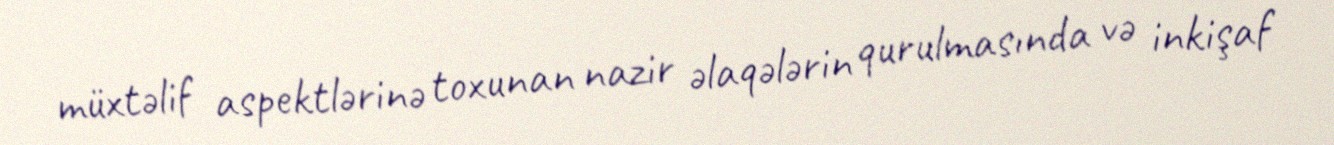
müxtəlif aspektlərinə toxunan nazir əlaqələrin qurulmasında və inkişaf